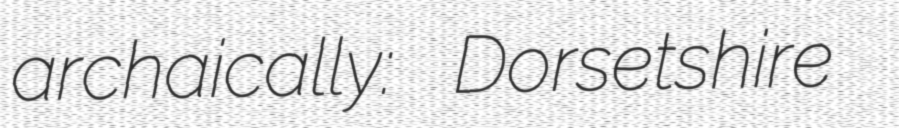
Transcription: archaically: Dorsetshire